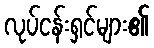
လုပ်ငန်းရှင်များ၏